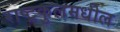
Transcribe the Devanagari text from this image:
राष्ट्रकुलमधील